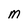
Character: m